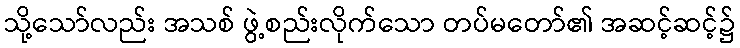
သို့သော်လည်း အသစ် ဖွဲ့စည်းလိုက်သော တပ်မတော်၏ အဆင့်ဆင့်၌